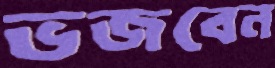
ভজবেন